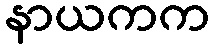
နာယကက